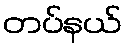
တပ်နယ်